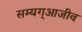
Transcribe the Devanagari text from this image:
सम्यग्आजीव